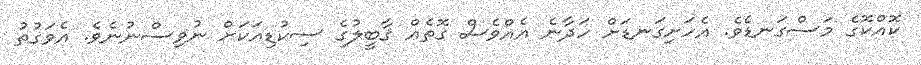
ކޮއްކޮގެ މަސްގަނޑެވެ. އެހަށިގަނޑަށް ހަދާނެ އެއްވެސް ގޮތެއް ޤާބީލުގެ ސިކުޑިއަކަށް ނުވިސްނުނެވެ. އެވަގުތު